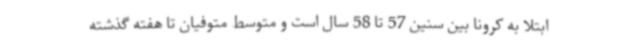
ابتلا به کرونا بین سنین 57 تا 58 سال است و متوسط متوفیان تا هفته گذشته